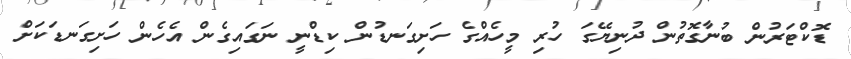
ޑޮކްޓަރުން ބުނާގޮތުން ދުނިޔޭގަ ހުރި މީހެއްގެ ހަށިގަނޑުން ކިޑްނީ ނަގައިގެން އެހެން ހަށިގަނޑަަކަށް